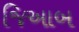
જિઆબ